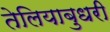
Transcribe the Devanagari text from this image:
तेलियाबुधरी